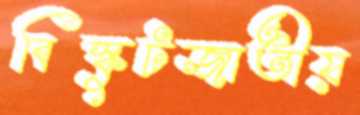
বিস্কুটজাতীয়